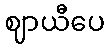
ဈာယီပေ